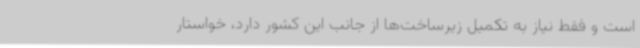
است و فقط نیاز به تکمیل زیرساخت‌ها از جانب این کشور دارد، خواستار